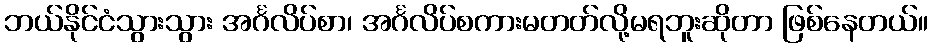
ဘယ်နိုင်ငံသွားသွား အင်္ဂလိပ်စာ၊ အင်္ဂလိပ်စကားမတတ်လို့မရဘူးဆိုတာ ဖြစ်နေတယ်။